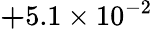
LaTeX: {\mathbf+5.1\times 10^{-2}}